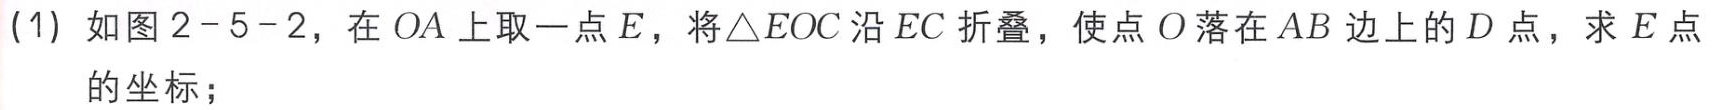
(1) 如图2 - 5 - 2，在 \(OA\) 上取一点 \(E\)，将\(\triangle EOC\) 沿 \(EC\) 折叠，使点 \(O\) 落在 \(AB\) 边上的 \(D\) 点，求 \(E\) 点的坐标；